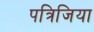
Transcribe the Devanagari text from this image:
पत्रिजिया